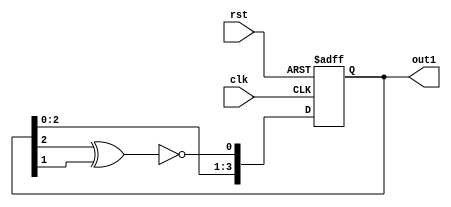
`timescale 1ns / 1ps
//////////////////////////////////////////////////////////////////////////////////
// Company:
// Engineer:
//
// Design Name:
// Module Name:    lsfr
// Project Name:
// Target Devices:
// Tool versions:
// Description:
//
// Dependencies:
//
// Revision:
// Revision 0.01 - File Created
// Additional Comments:
//
//////////////////////////////////////////////////////////////////////////////////
module lfsr(out1, clk, rst);

  output reg [3:0] out1;
  input clk, rst;

  wire feedback;

  assign feedback = ~(out1[2] ^ out1[1]);

always @(posedge clk, posedge rst)
  begin
    if (rst)
      out1 = 4'b0;
    else
      out1 = {out1[2:0],feedback};
  end
endmodule